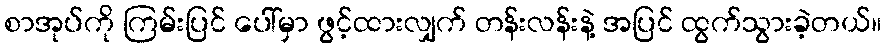
စာအုပ်ကို ကြမ်းပြင် ပေါ်မှာ ဖွင့်ထားလျှက် တန်းလန်းနဲ့ အပြင် ထွက်သွားခဲ့တယ်။